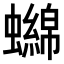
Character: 𧓭